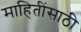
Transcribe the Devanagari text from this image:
माहितींसाठी